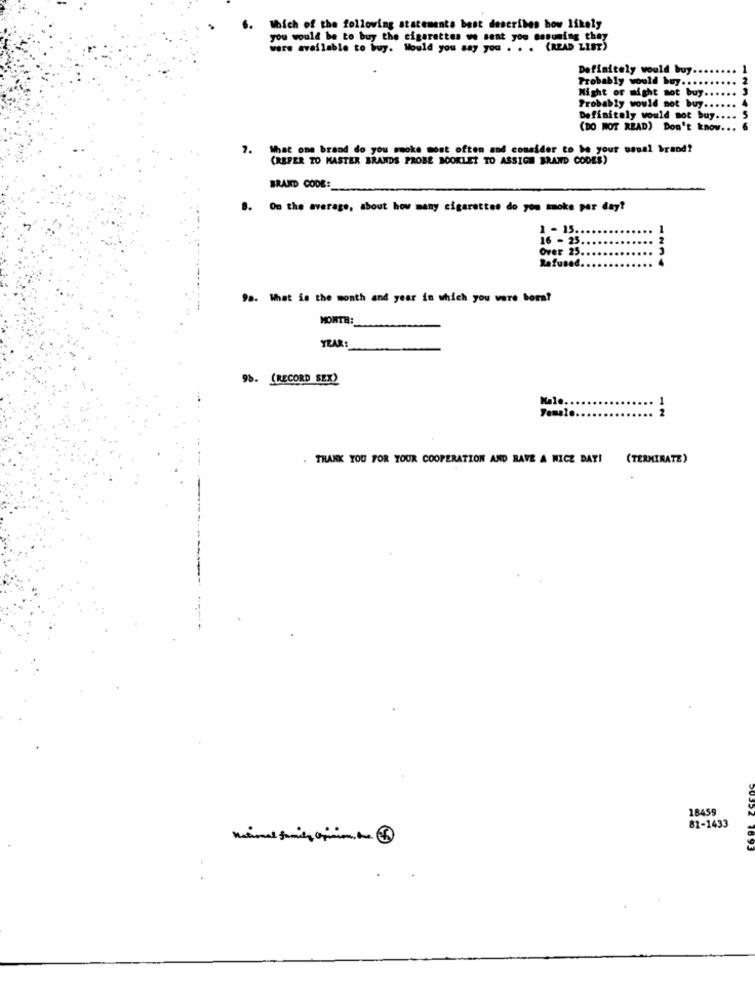
6. Which of the following statements best describes how likely
you would be to buy the cigarettes wo sent you assuming they
wars available to buy. Would you say you . . . (READ LIST)
Definitely would buy.
Probably would buy ....
Might or might not buy
Probably would not buy ..
Definitely would not buy ....
(DO NOT READ) Don't know ...
What one brand do you smoke most often and consider to be your usual brand?
(REFER TO MASTER BRANDS PROBE BOOKLET TO ASSIGN BRAND CODES)
BRAND CODE:
8. On the average, about how many cigarettes do you smoke per day?
1 - 15.
16 - 25
Over 25.
Rafused.
98. What is the month and year in which you were born?
MONTH:
YEAR:
95. (RECORD SEXY
2
Female.
. THANK YOU FOR YOUR COOPERATION AND RAVE A WICZ DAY!
(TERMINATE)
18459
81-1433